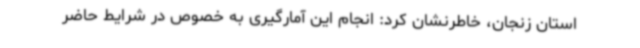
استان زنجان، خاطرنشان کرد: انجام این آمارگیری به‌ خصوص در شرایط حاضر